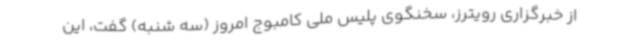
از خبرگزاری رویترز، سخنگوی پلیس ملی کامبوج امروز (سه شنبه) گفت، این